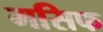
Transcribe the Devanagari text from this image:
मसिफ